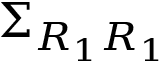
\Sigma _ { R _ { 1 } R _ { 1 } }